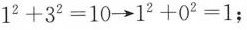
1^{2}+3^{2}=10 \rightarrow 1^{2}+0^{2}=1；